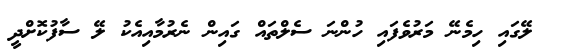
ލޭގައި ހިމެނޭ މަރުވެފައި ހުންނަ ސެލްތައް ގައިން ނެރުމާއިއެކު ލޭ ސާފުކޮށްދީ